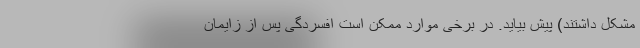
مشکل داشتند) پیش بیاید. در برخی موارد ممکن است افسردگی پس از زایمان